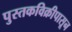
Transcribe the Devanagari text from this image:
पुस्तकविक्रीपासून